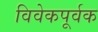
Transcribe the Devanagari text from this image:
विवेकपूर्वक